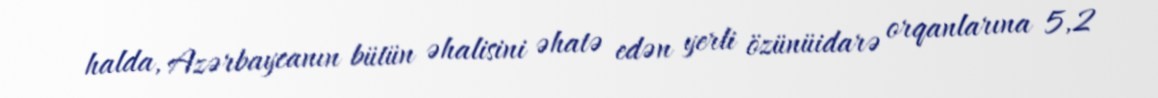
halda, Azərbaycanın bütün əhalisini əhatə edən yerli özünüidarə orqanlarına 5,2